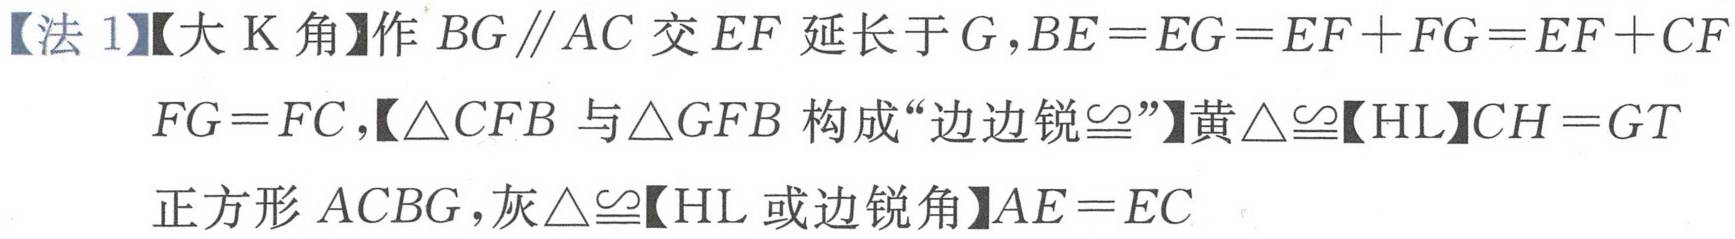
【法 1】【大 K 角】作 \(BG\parallel AC\) 交 \(EF\) 延长于 \(G\)，\(BE = EG = EF + FG = EF + CF\)
\(FG = FC\)，【\(\triangle CFB\) 与 \(\triangle GFB\) 构成“边边锐 \(\cong\)”】黄 \(\triangle\cong\)【HL】\(CH = GT\)
正方形 \(ACBG\)，灰 \(\triangle\cong\)【HL 或边锐角】\(AE = EC\)